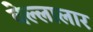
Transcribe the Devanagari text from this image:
वेल्लालार